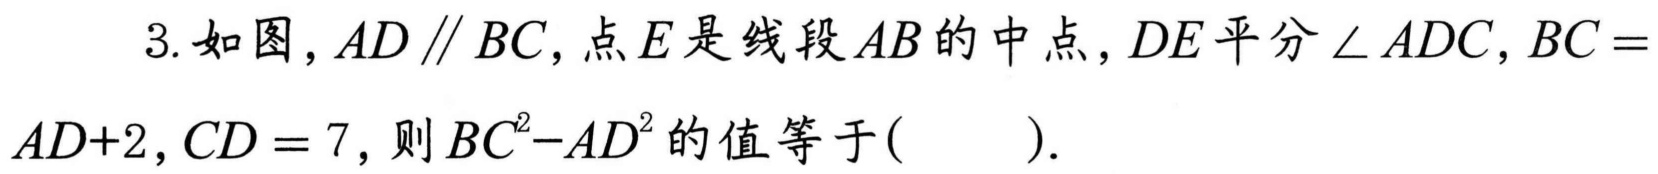
3. 如图，$AD\parallel BC$，点$E$是线段$AB$的中点，$DE$平分$\angle ADC$，$BC = AD + 2$，$CD = 7$，则$BC^{2}-AD^{2}$的值等于( ).